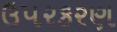
ઉપરકરણ